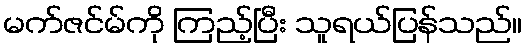
မက်ဇင်မ်ကို ကြည့်ပြီး သူရယ်ပြန်သည်။